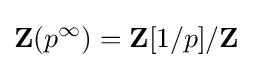
\mathbf {Z} (p^{\infty })=\mathbf {Z} [1/p]/\mathbf {Z}